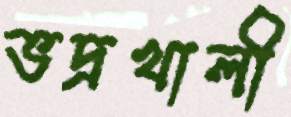
ভদ্রখালী